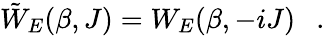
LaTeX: \tilde{W}_{E}(\beta,J)=W_{E}(\beta,-iJ)~~~.